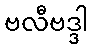
ဗလီဗဒ္ဒါ